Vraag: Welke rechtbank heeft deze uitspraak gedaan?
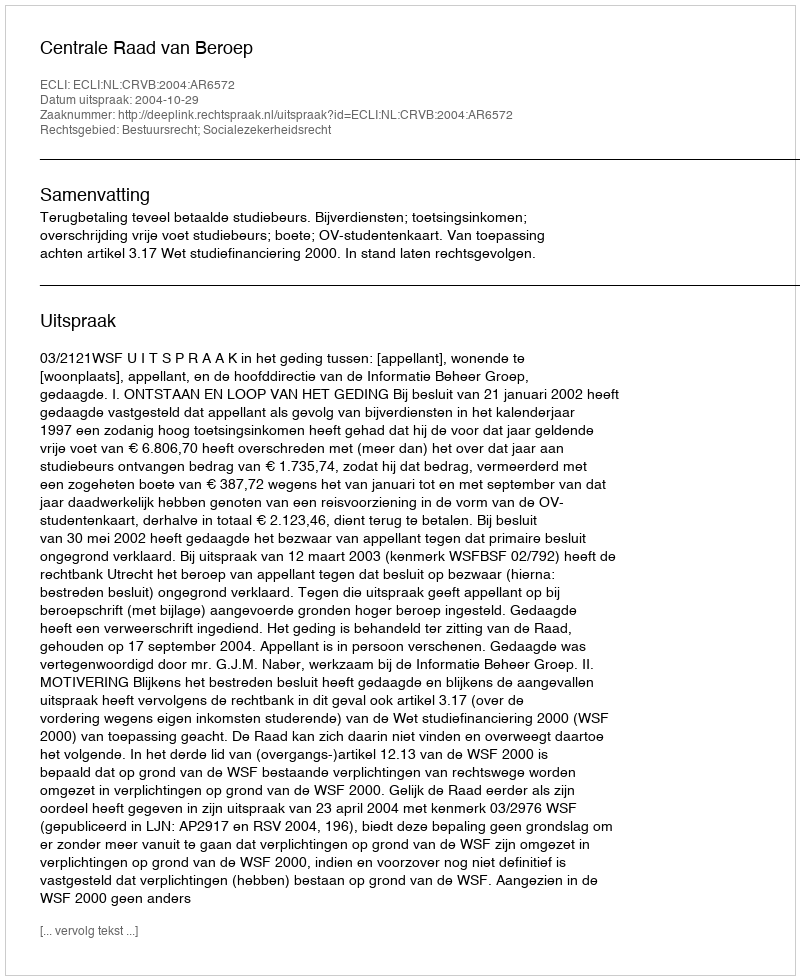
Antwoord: Centrale Raad van Beroep